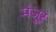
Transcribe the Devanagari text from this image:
मंजूुर